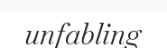
unfabling